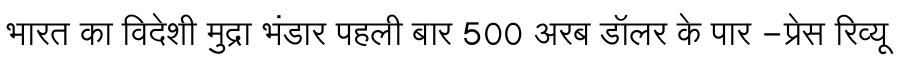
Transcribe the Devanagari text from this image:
भारत का विदेशी मुद्रा भंडार पहली बार 500 अरब डॉलर के पार -प्रेस रिव्यू